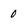
Character: 0